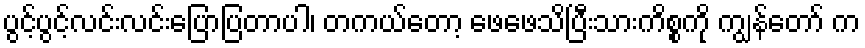
ပွင့်ပွင့်လင်းလင်းပြောပြတာပါ၊ တကယ်တော့ ဖေဖေသိပြီးသားကိစ္စကို ကျွန်တော် က